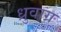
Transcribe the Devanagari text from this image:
ध्रुवाग्र